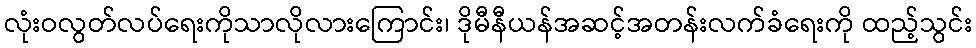
လုံးဝလွတ်လပ်ရေးကိုသာလိုလားကြောင်း၊ ဒိုမီနီယန်အဆင့်အတန်းလက်ခံရေးကို ထည့်သွင်း